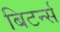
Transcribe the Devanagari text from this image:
बिटर्न्‍स